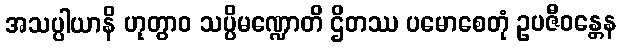
အသပ္ပါယာနိ ဟုတွာဝ သပ္ပိမဏ္ဍောတိ ဌိတဿ ပမောစေတုံ ဥပဇီဝန္တေန